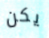
يكن